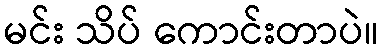
မင်း သိပ် ကောင်းတာပဲ။